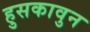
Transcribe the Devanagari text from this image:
हुसकावुन